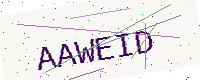
Text: AAWEID